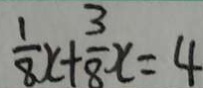
\frac { 1 } { 8 } x + \frac { 3 } { 8 } x = 4